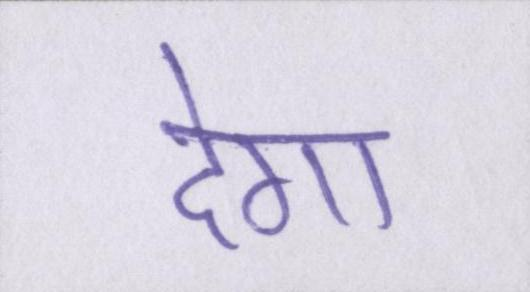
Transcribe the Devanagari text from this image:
देगा